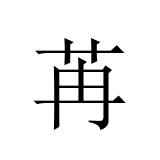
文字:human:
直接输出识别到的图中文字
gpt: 苒